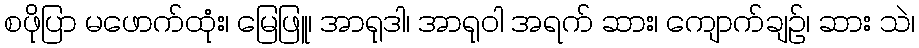
စဖိုပြာ မဖောက်ထုံး၊ မြေဖြူ၊ အာရုဒါ၊ အာရုဝါ အရက် ဆား၊ ကျောက်ချဉ်၊ ဆား သဲ၊